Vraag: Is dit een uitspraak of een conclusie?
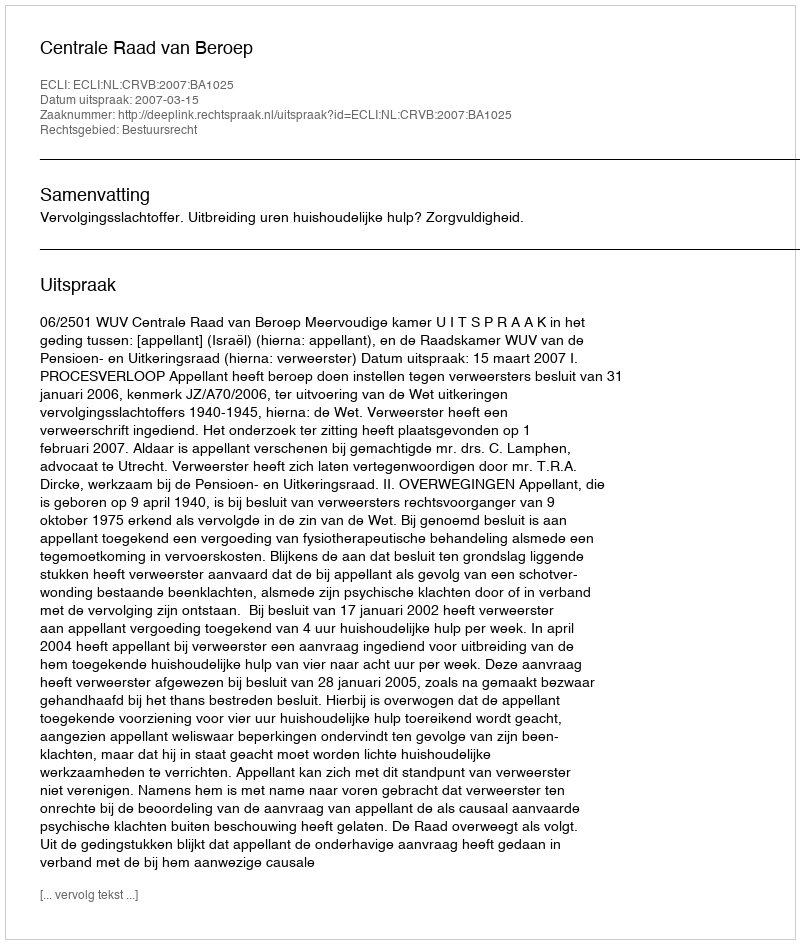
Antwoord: Uitspraak